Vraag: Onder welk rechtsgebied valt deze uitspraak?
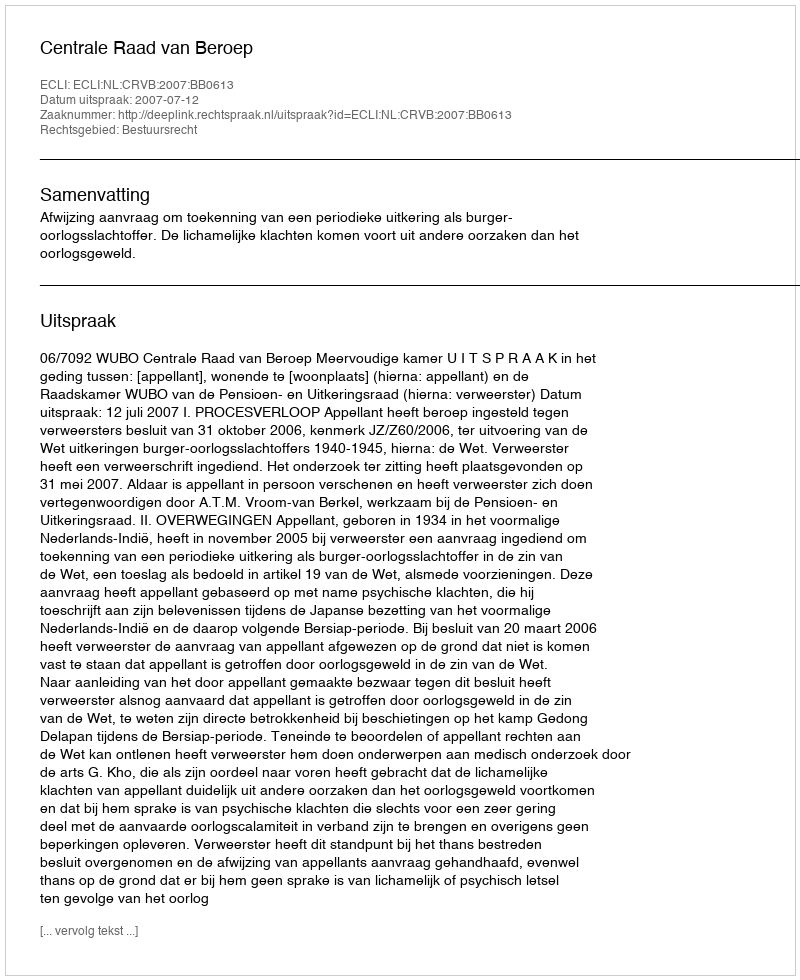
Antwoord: Bestuursrecht